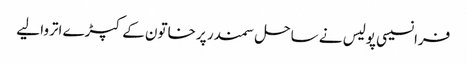
فرانسیسی پولیس نے ساحل سمندر پر خاتون کے کپڑے اتروا لیے